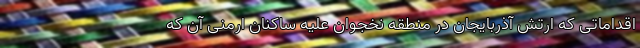
اقداماتی که ارتش آذربایجان در منطقه نخجوان علیه ساکنان ارمنی آن که